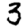
Digit: 3